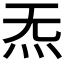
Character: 𪸓